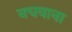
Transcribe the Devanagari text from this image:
नचवाना